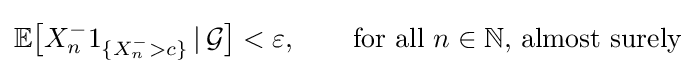
\mathbb {E} {\bigl [}X_{n}^{-}1_{\{X_{n}^{-}>c\}}\,|\,{\mathcal {G}}{\bigr ]}<\varepsilon ,\qquad {\text{for all }}n\in \mathbb {N} ,\,{\text{almost surely}}